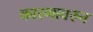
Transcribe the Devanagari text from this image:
कारणावरुन